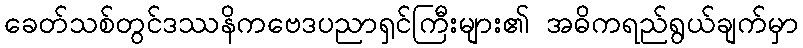
ခေတ်သစ်တွင်ဒဿနိကဗေဒပညာရှင်ကြီးများ၏ အဓိကရည်ရွယ်ချက်မှာ